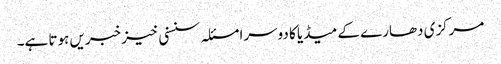
مرکزی دھارے کے میڈیا کا دوسرا مسئلہ سنسنی خیز خبریں ہوتا ہے۔